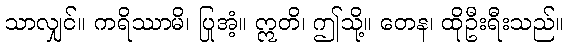
သာလျှင်။ ကရိဿာမိ၊ ပြုအံ့။ ဣတိ၊ ဤသို့။ တေန၊ ထိုဦးရီးသည်။